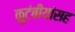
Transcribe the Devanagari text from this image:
कुटंबीयांसह